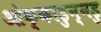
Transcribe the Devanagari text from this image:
ओक्काडुन्नडु